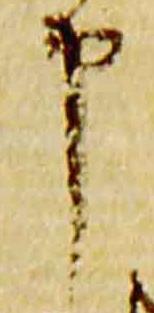
申